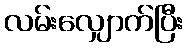
လမ်းလျှောက်ပြီး